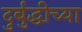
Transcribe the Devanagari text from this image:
दुर्बुद्धीच्या